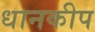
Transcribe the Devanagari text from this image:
धानकीप